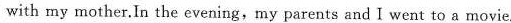
with my mother.In the evening,my parents and I went to a movie.